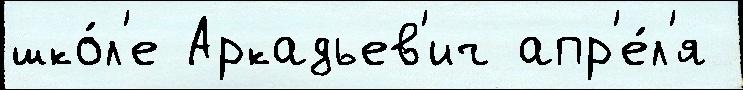
шко́л'е Аркадьев'ич апр'е́л'я